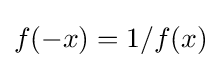
f(-x)=1/f(x)